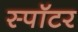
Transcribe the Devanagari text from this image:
स्पॉटर